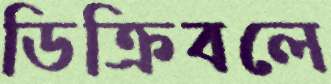
ডিক্রিবলে